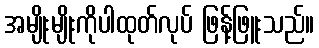
အမျိုးမျိုးကိုပါထုတ်လုပ် ဖြန့်ဖြူးသည်။